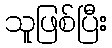
သူဖြစ်ပြီး